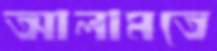
আলামতে